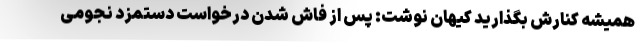
همیشه کنارش بگذارید کیهان نوشت: پس از فاش شدن درخواست دستمزد نجومی